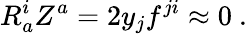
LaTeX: R_{a}^{i}Z^{a}=2y_{j}f^{ji}\approx 0\ .